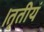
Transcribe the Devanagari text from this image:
।तृतीयं